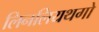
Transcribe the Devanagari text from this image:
लिनलियथगो